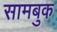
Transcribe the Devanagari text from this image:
सामबुक